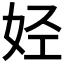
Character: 𫰛